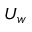
U _ { w }